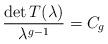
LaTeX: \begin{align*}\frac{{\rm det} \,T(\lambda)}{\lambda^{g-1}}=C_g\end{align*}